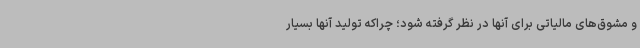
و مشوق‌های مالیاتی برای آنها در نظر گرفته شود؛ چراکه تولید آنها بسیار